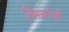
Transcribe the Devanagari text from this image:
लिमबर्गची